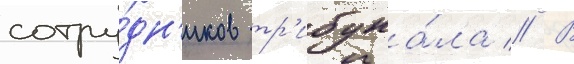
сотру́дн'иков тр'ибуна́ла // В